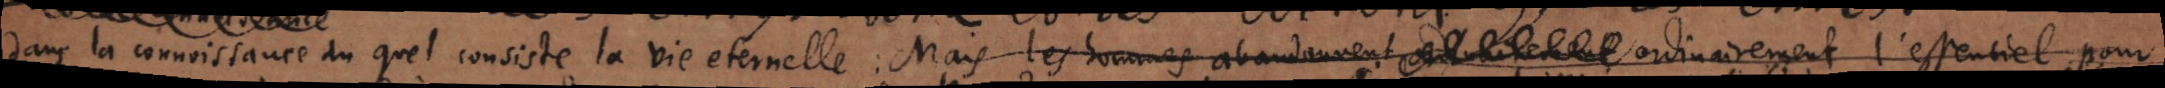
dans la connoissance du quel consiste la vie eternelle. Mais les hommes abandonnnent _ ordinairement l’essentiel pour